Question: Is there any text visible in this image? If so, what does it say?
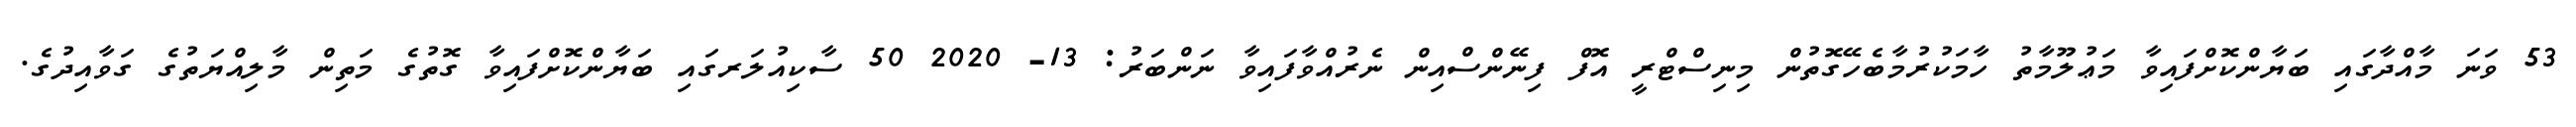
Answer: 53 ވަނަ މާއްދާގައި ބަޔާންކޮށްފައިވާ މަޢުލޫމާތު ހާމަކުރުމާބެހޭގޮތުން މިނިސްޓްރީ އޮފް ފިނޭންސްއިން ނެރުއްވާފައިވާ ނަންބަރު: 13- 2020 50 ސާކިއުލަރގައި ބަޔާންކޮށްފައިވާ ގޮތުގެ މަތިން މާލިއްޔަތުގެ ގަވާއިދުގެ.